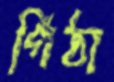
গিঁঠা